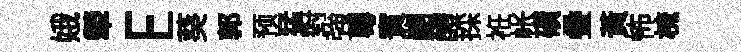
娥犖E葵郭预猛對強粵賓剬醴採袵帐磧叠黃怖梳